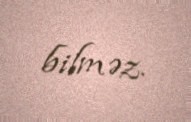
bilməz.